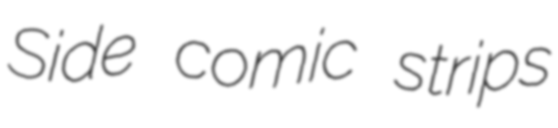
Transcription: Side comic strips